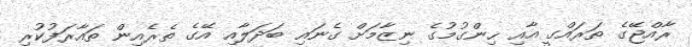
ރާއްޖޭގެ ތަރައްގީ އާއި ހިންގުމުގެ ނިޒާމަށް ގެނައި ބަދަލާއި އޭގެ ތެރެއިން ތައާރަފުކުރި